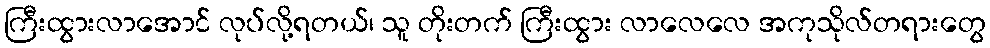
ကြီးထွားလာအောင် လုပ်လို့ရတယ်၊ သူ တိုးတက် ကြီးထွား လာလေလေ အကုသိုလ်တရားတွေ